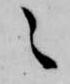
之